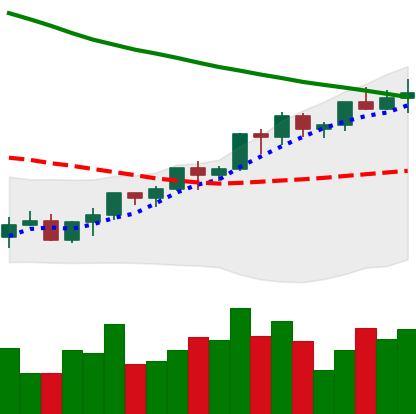
Ticker: LTC-USD
Chart end date: 2022-03-30
Forward return: -4.809%
Label: down_3_5